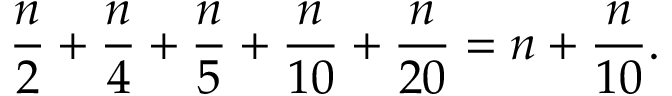
{ \frac { n } { 2 } } + { \frac { n } { 4 } } + { \frac { n } { 5 } } + { \frac { n } { 1 0 } } + { \frac { n } { 2 0 } } = n + { \frac { n } { 1 0 } } .